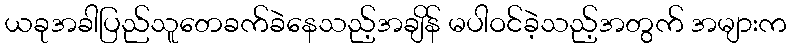
ယခုအခါပြည်သူတေခက်ခဲနေသည့်အချိန် မပါဝင်ခဲ့သည့်အတွက် အများက